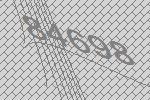
84698